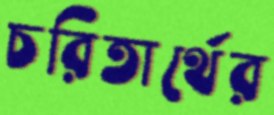
চরিতার্থের